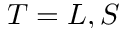
T = L , S